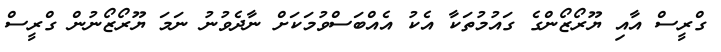
ގްރީސް އާއި ޔޫރޯޒޯންގެ ގައުމުތަކާ އެކު އެއްބަސްވުމަކަށް ނާދެވުނު ނަަމަ ޔޫރޯޒޯނުން ގްރީސް